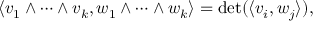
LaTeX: \left\langle v _ { 1 } \wedge \cdots \wedge v _ { k } , w _ { 1 } \wedge \cdots \wedge w _ { k } \right\rangle = \operatorname* { d e t } ( \langle v _ { i } , w _ { j } \rangle ) ,